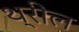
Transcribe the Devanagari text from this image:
थ्रील